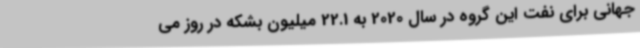
جهانی برای نفت این گروه در سال 2020 به 22.1 میلیون بشکه در روز می